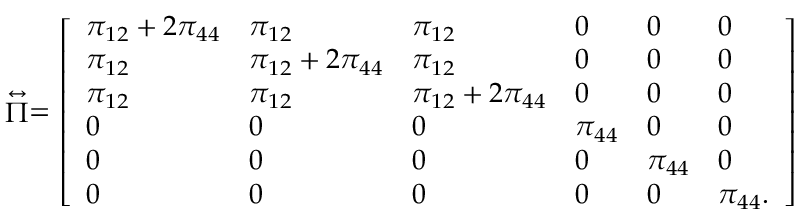
\stackrel { \leftrightarrow } { \Pi } = \left[ \begin{array} { l l l l l l } { \pi _ { 1 2 } + 2 \pi _ { 4 4 } } & { \pi _ { 1 2 } } & { \pi _ { 1 2 } } & { 0 } & { 0 } & { 0 } \\ { \pi _ { 1 2 } } & { \pi _ { 1 2 } + 2 \pi _ { 4 4 } } & { \pi _ { 1 2 } } & { 0 } & { 0 } & { 0 } \\ { \pi _ { 1 2 } } & { \pi _ { 1 2 } } & { \pi _ { 1 2 } + 2 \pi _ { 4 4 } } & { 0 } & { 0 } & { 0 } \\ { 0 } & { 0 } & { 0 } & { \pi _ { 4 4 } } & { 0 } & { 0 } \\ { 0 } & { 0 } & { 0 } & { 0 } & { \pi _ { 4 4 } } & { 0 } \\ { 0 } & { 0 } & { 0 } & { 0 } & { 0 } & { \pi _ { 4 4 } . } \end{array} \right]